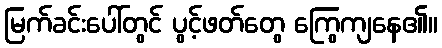
မြက်ခင်းပေါ်တွင် ပွင့်ဖတ်တွေ ကြွေကျနေ၏။